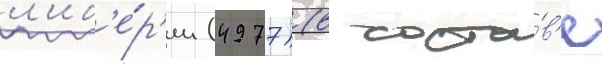
л'иб'е́р'ии (4977) (в соста́в'е